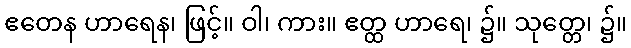
ဧတေန ဟာရေန၊ ဖြင့်။ ဝါ၊ ကား။ ဧတ္ထ ဟာရေ၊ ၌။ သုတ္တေ၊ ၌။